Leaving Certificate Examination, 1912
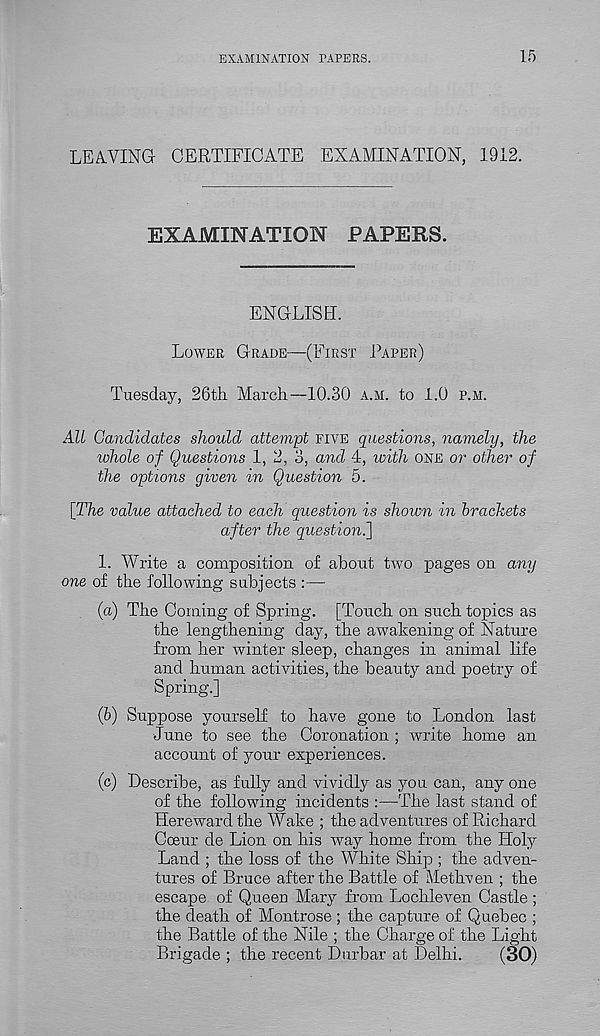
EXAMINATION PAPERS.
15
LEA.VING- CERTIFICATE EXAMINATION, 1912.
EXAMINATION PAPERS.
ENGLISH.
LOWER GRADE—(FIRST PAPER)
Tuesday, 26th March—10.30 A.M. to 1.0 P.M.
AIL Candidates should attempt FIVE questions, namely, the
tohole of Questions 1, 2, 3, and 4, with ONE or other of
the options given in Question 5.
[The value attached to each question is shown in hrachets
after the question.']
1. Write a composition of about two pages on any
one of the following subjects :—
(а) The Coining of Spring. [Touch on such topics as
the lengthening day, the awakening of Nature
from her winter sleep, changes in animal life
and human activities, the beauty and poetry of
Spring.]
(б) Suppose yourself to have gone to London last
June to see the Coronation ; write home an
account of your experiences.
(c) Describe, as fully and vividly as you can, any one
of the following incidents :—The last stand of
Hereward the Wake ; the adventures of Richard
Coeur de Lion on his way home from the Holy
Land ; the loss of the White Ship ; the adven-
tures of Bruce after the Battle of Methven ; the
escape of Queen Mary from Lochleven Castle;
the death of Montrose ; the capture of Quebec ;
the Battle of the Nile ; the Charge of the Light
Brigade ; the recent Durbar at Delhi.
(30)